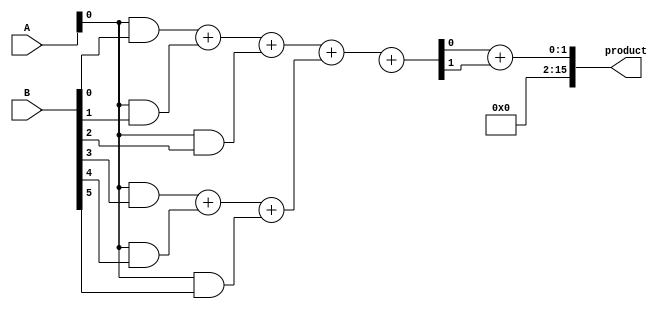
module wallace_tree_multiplier #(
    parameter N = 8 // Bit width of inputs
)(
    input [N-1:0] A,
    input [N-1:0] B,
    output [2*N-1:0] product
);

    // Internal signals for partial products and intermediate sums and carries
    wire [N-1:0] partial_products[N-1:0];
    wire [N:0] sum [N-1:0];
    wire [N:0] carry [N-1:0];

    // Partial Product Generation
    genvar i;
    generate
        for (i = 0; i < N; i = i + 1) begin : pp_gen
            assign partial_products[i] = A & {N{B[i]}};
        end
    endgenerate

    // Wallace Tree Structure
    // Level 1: CSA for 3 inputs
    generate
        for (i = 0; i < N/3; i = i + 1) begin : level1
            if (i < (N/3)) begin
                assign {carry[0][i], sum[0][i]} = partial_products[3*i] + partial_products[3*i + 1] + partial_products[3*i + 2];
            end
        end
    endgenerate

    // Additional levels as needed (typically 2-3 levels depending on N)
    generate
        for (i = 0; i < (N+1)/3; i = i + 1) begin : level2
            if (i < ((N/3) + (N % 3)/2)) begin
                assign {carry[1][i], sum[1][i]} = sum[0][3*i] + sum[0][3*i + 1] + carry[0][3*i + 2];
            end
        end
    endgenerate

    // Final addition stage
    wire [2*N-1:0] final_sum;
    assign final_sum = sum[1][0] + carry[1][0];

    // Product output
    assign product = final_sum;

endmodule